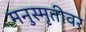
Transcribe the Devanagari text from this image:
मनुस्मृतीवर